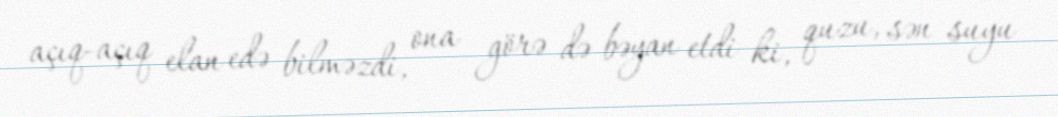
açıq-açıq elan edə bilməzdi, ona görə də bəyan etdi ki, quzu, sən suyu